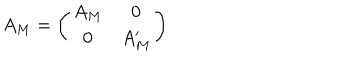
A _ { M } = \left( \begin{array} { c c } { { A _ { M } } } & { { 0 } } \\ { { 0 } } & { { A _ { M } ^ { \prime } } } \\ \end{array} \right)